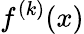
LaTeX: f^{(k)}(x)